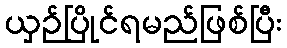
ယှဉ်ပြိုင်ရမည်ဖြစ်ပြီး